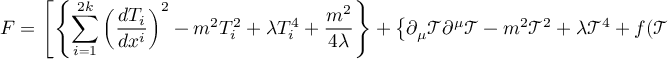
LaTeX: F = \left[ \left\{ \sum _ { i = 1 } ^ { 2 k } \left( \frac { d T _ { i } } { d x ^ { i } } \right) ^ { 2 } - m ^ { 2 } T _ { i } ^ { 2 } + \lambda T _ { i } ^ { 4 } + \frac { m ^ { 2 } } { 4 \lambda } \right\} + \left\{ \partial _ { \mu } \mathcal { T } \partial ^ { \mu } \mathcal { T } - m ^ { 2 } \mathcal { T } ^ { 2 } + \lambda \mathcal { T } ^ { 4 } + f ( \mathcal { T } ) \overline { { { \theta } } } _ { R } \theta _ { L } \right\} \right]